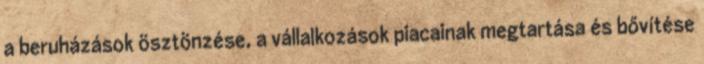
a beruházások ösztönzése, a vállalkozások piacainak megtartása és bővítése